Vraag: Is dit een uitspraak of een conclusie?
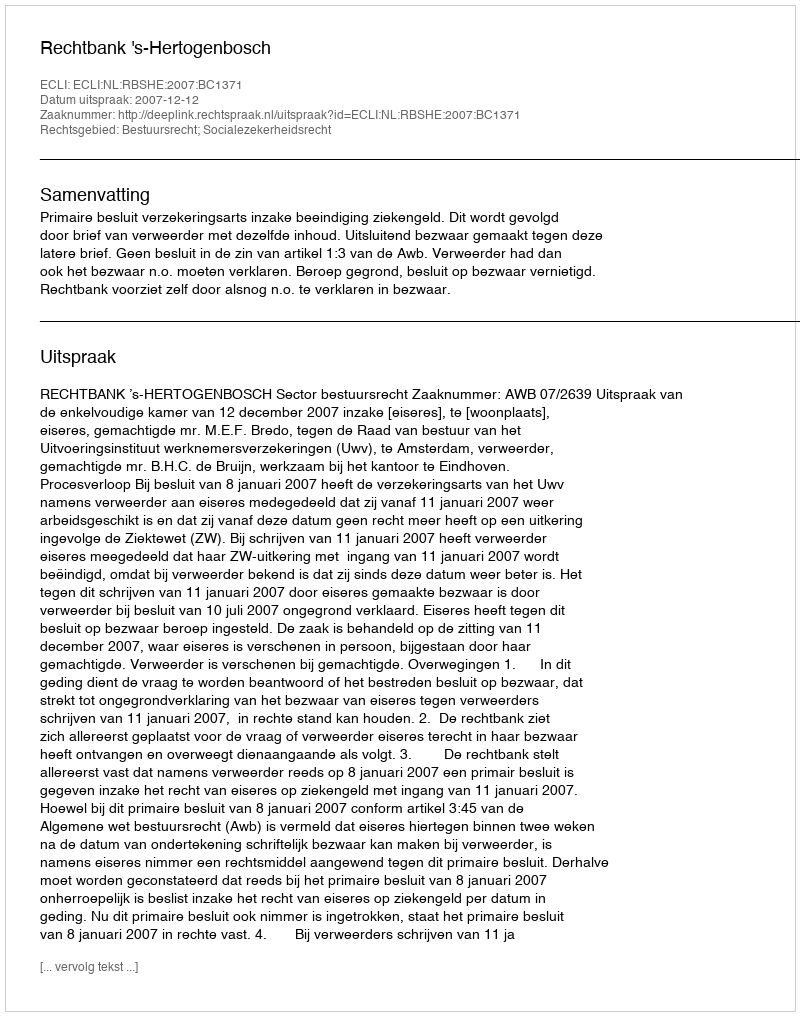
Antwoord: Uitspraak